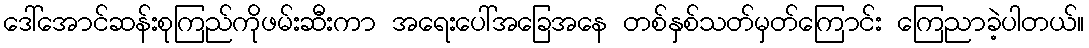
ဒေါ်အောင်ဆန်းစုကြည်ကိုဖမ်းဆီးကာ အရေးပေါ်အခြေအနေ တစ်နှစ်သတ်မှတ်ကြောင်း ကြေညာခဲ့ပါတယ်။